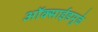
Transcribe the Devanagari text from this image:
ऑक्साईडमुळे